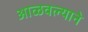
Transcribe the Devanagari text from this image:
आळवल्याने